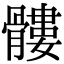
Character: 髏